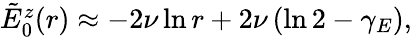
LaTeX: \begin{array}{r}{\tilde{E}_{0}^{z}(r)\approx-2\nu\ln r+2\nu\left(\ln 2-\gamma_{E}\right),}\end{array}